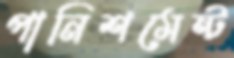
পানিশমেন্ট